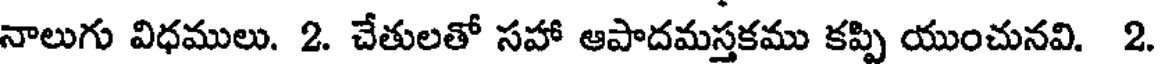
నాలుగు విధములు. 2. చేతులతో సహా ఆపాదమస్తకము కప్పి యుంచునవి. 2